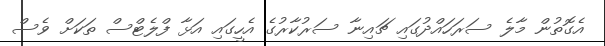
އެގޮތުން މާލެ ސަރަހައްދުގައި ޗައިނާ ސަރުކާރުގެ އެހީގައި އަޅާ ފްލެޓްްސް ތަކަށް ވެސް